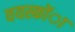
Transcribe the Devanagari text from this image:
वयस्कोंा